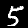
Digit: 5